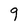
Character: 9